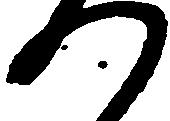
つ